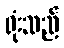
ရုံးသည်